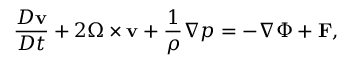
\frac { D { \bf v } } { D t } + \boldsymbol { 2 \Omega } \times { \bf v } + \frac { 1 } { \rho } \nabla p = - \nabla \Phi + { \bf F } ,